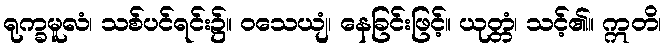
ရုက္ခမူလံ၊ သစ်ပင်ရင်း၌။ ဝသေယျံ၊ နေခြင်းဖြင့်။ ယုတ္တံ၊ သင့်၏။ ဣတိ၊